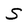
Character: S